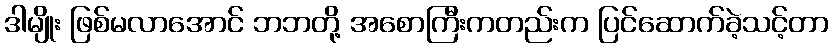
ဒါမျိုး ဖြစ်မလာအောင် ဘဘတို့ အစောကြီးကတည်းက ပြင်ဆောက်ခဲ့သင့်တာ